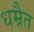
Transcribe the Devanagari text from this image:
धम्रैत